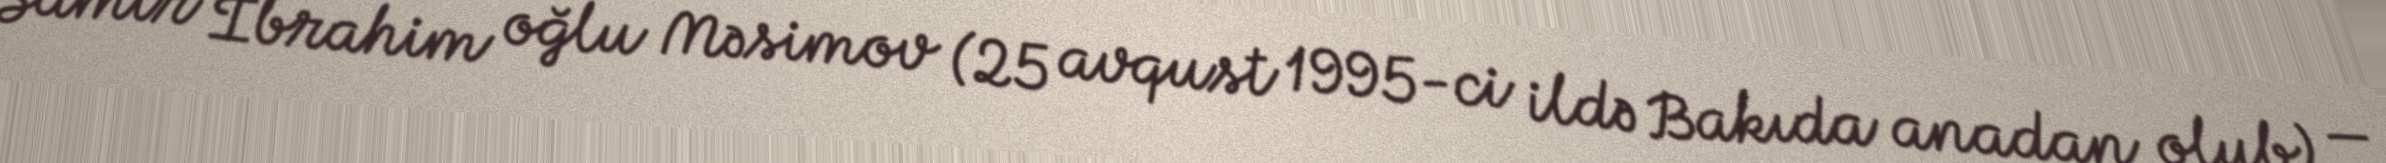
Samir İbrahim oğlu Məsimov (25 avqust 1995-ci ildə Bakıda anadan olub) —